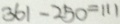
3 6 1 - 2 5 0 = 1 1 1